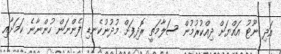
އަދި ނޫޓު އައްޔަށް ދިއްކުރުމުން ސަލާމަތީ ރޮދިފަށް މުދުނުކެނޑި ފެންނަން ހުންނާނެ ކަމަށާއި